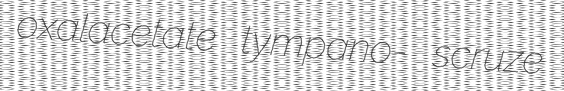
oxalacetate tympano- scruze